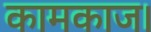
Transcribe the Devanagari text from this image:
कामकाज।